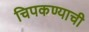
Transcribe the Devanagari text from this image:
चिपकण्याची